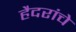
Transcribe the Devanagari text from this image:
हैदरांचे